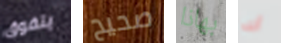
يتفوق صحيح بهاذا أنك